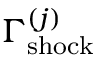
\Gamma _ { \mathrm { s h o c k } } ^ { ( j ) }